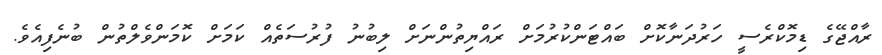
ރާއްޖޭގެ ޑިމޮކްރެސީ ހަރުދަނާކޮށް ބައްޓަންކުރުމަށް ރައްޔިތުންނަށް ލިބުނު ފުރުސަތެއް ކަމަށް ކޮމަންވެލްތުން ބުނެފިއެވެ.